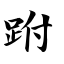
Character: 跗